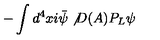
- \int d ^ { 4 } x i \bar { \psi } \not { D ( A ) } P _ { L } \psi